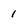
Character: 1